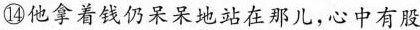
⑭他拿着钱仍呆呆地站在那儿，心中有股